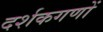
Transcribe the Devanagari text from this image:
दर्शकगणों